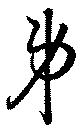
弟